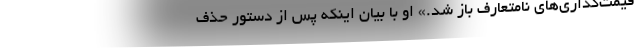
قیمت‌گذاری‌های نامتعارف باز شد.» او با بیان اینکه پس از دستور حذف